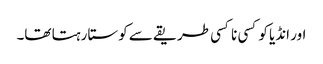
اور انڈیا کو کسی نا کسی طریقے سے کوستا رہتا تھا۔